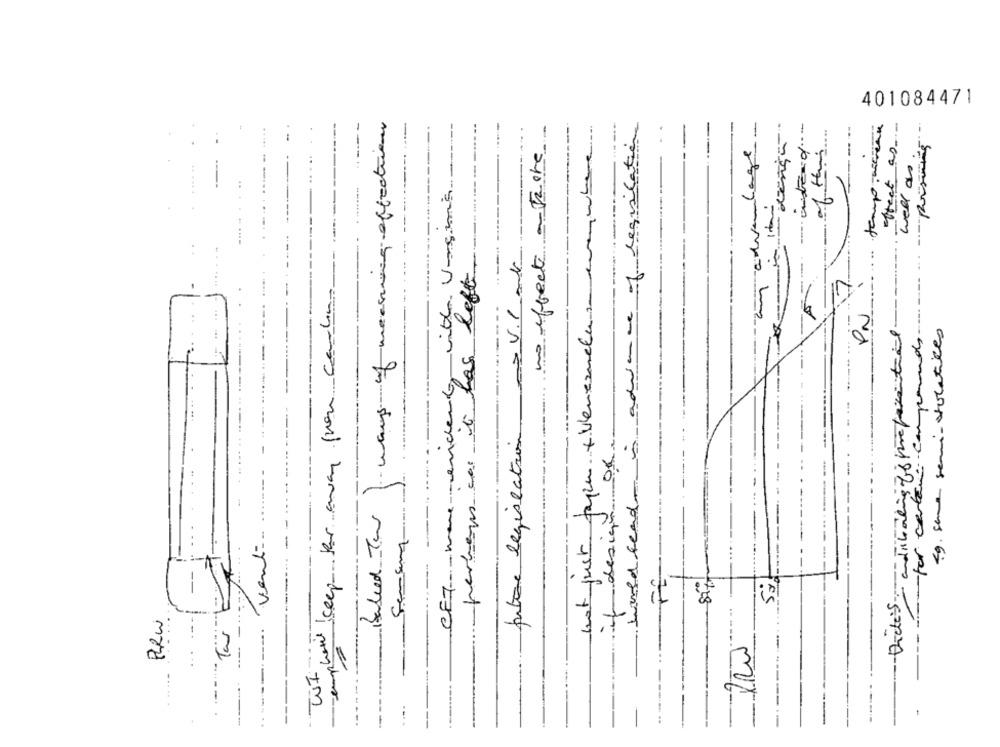
401084471
Baked Two ways of meeting effectuer
-
----
effect as-
of this.
no effect an there
in advance of regulatie
Lage
not just fagen + venezuela se enwhere
well as
with Unsmis
putre legislation v.1. and
perhaps was it has left
template keep far away from carlino
for carbon compound ....
PN
-Dicte - indicating for fre passtil
69. some semi- volatiles
CET-ware-undenty
------
of design of
---
world Read-
..
vent
--
50
Phew
---
Tar
WI